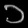
Digit: ၁